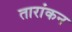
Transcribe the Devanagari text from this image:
तारांकन